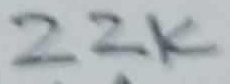
Text: 22K